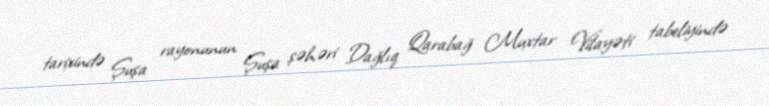
tarixində Şuşa rayonunun Şuşa şəhəri Dağlıq Qarabağ Muxtar Vilayəti tabeliyində